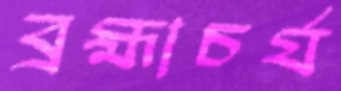
ব্রহ্মাচর্য